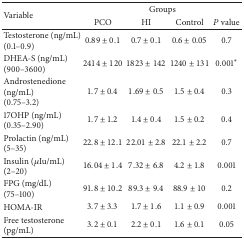
<table><thead><tr><td rowspan="2"><b>Variable</b></td><td colspan="4"><b>Groups</b></td></tr><tr><td><b>PCO</b></td><td><b>HI</b></td><td><b>Control</b></td><td><b><i>P</i> value</b></td></tr></thead><tbody><tr><td>Testosterone (ng/mL) (0.1–0.9)</td><td>0.89 ± 0.1</td><td>0.7 ± 0.1</td><td>0.6 ± 0.05</td><td>0.7</td></tr><tr><td>DHEA-S (ng/mL) (900–3600)</td><td>2414 ± 120</td><td>1823 ± 142</td><td>1240 ± 131</td><td>0.001*</td></tr><tr><td>Androstenedione (ng/mL) (0.75–3.2)</td><td>1.7 ± 0.4</td><td>1.69 ± 0.5</td><td>1.5 ± 0.4</td><td>0.3</td></tr><tr><td>17OHP (ng/mL)(0.35–2.90)</td><td>1.7 ± 1.2</td><td>1.4 ± 0.4</td><td>1.5 ± 0.2</td><td>0.4</td></tr><tr><td>Prolactin (ng/mL)(5–35)</td><td>22.8 ± 12.1</td><td>22.01 ± 2.8</td><td>22.1 ± 2.2</td><td>0.7</td></tr><tr><td>Insulin (<i>μ</i>Iu/mL)(2–20)</td><td>16.04 ± 1.4</td><td>7.32 ± 6.8</td><td>4.2 ± 1.8</td><td>0.001</td></tr><tr><td>FPG (mg/dL)(75–100)</td><td>91.8 ± 10.2</td><td>89.3 ± 9.4</td><td>88.9 ± 10</td><td>0.2</td></tr><tr><td>HOMA-IR</td><td>3.7 ± 3.3</td><td>1.7 ± 1.6</td><td>1.1 ± 0.9</td><td>0.001</td></tr><tr><td>Free testosterone (pg/mL)</td><td>3.2 ± 0.1</td><td>2.2 ± 0.1</td><td>1.6 ± 0.1</td><td>0.05</td></tr></tbody></table>